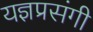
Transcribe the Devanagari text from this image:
यज्ञप्रसंगी